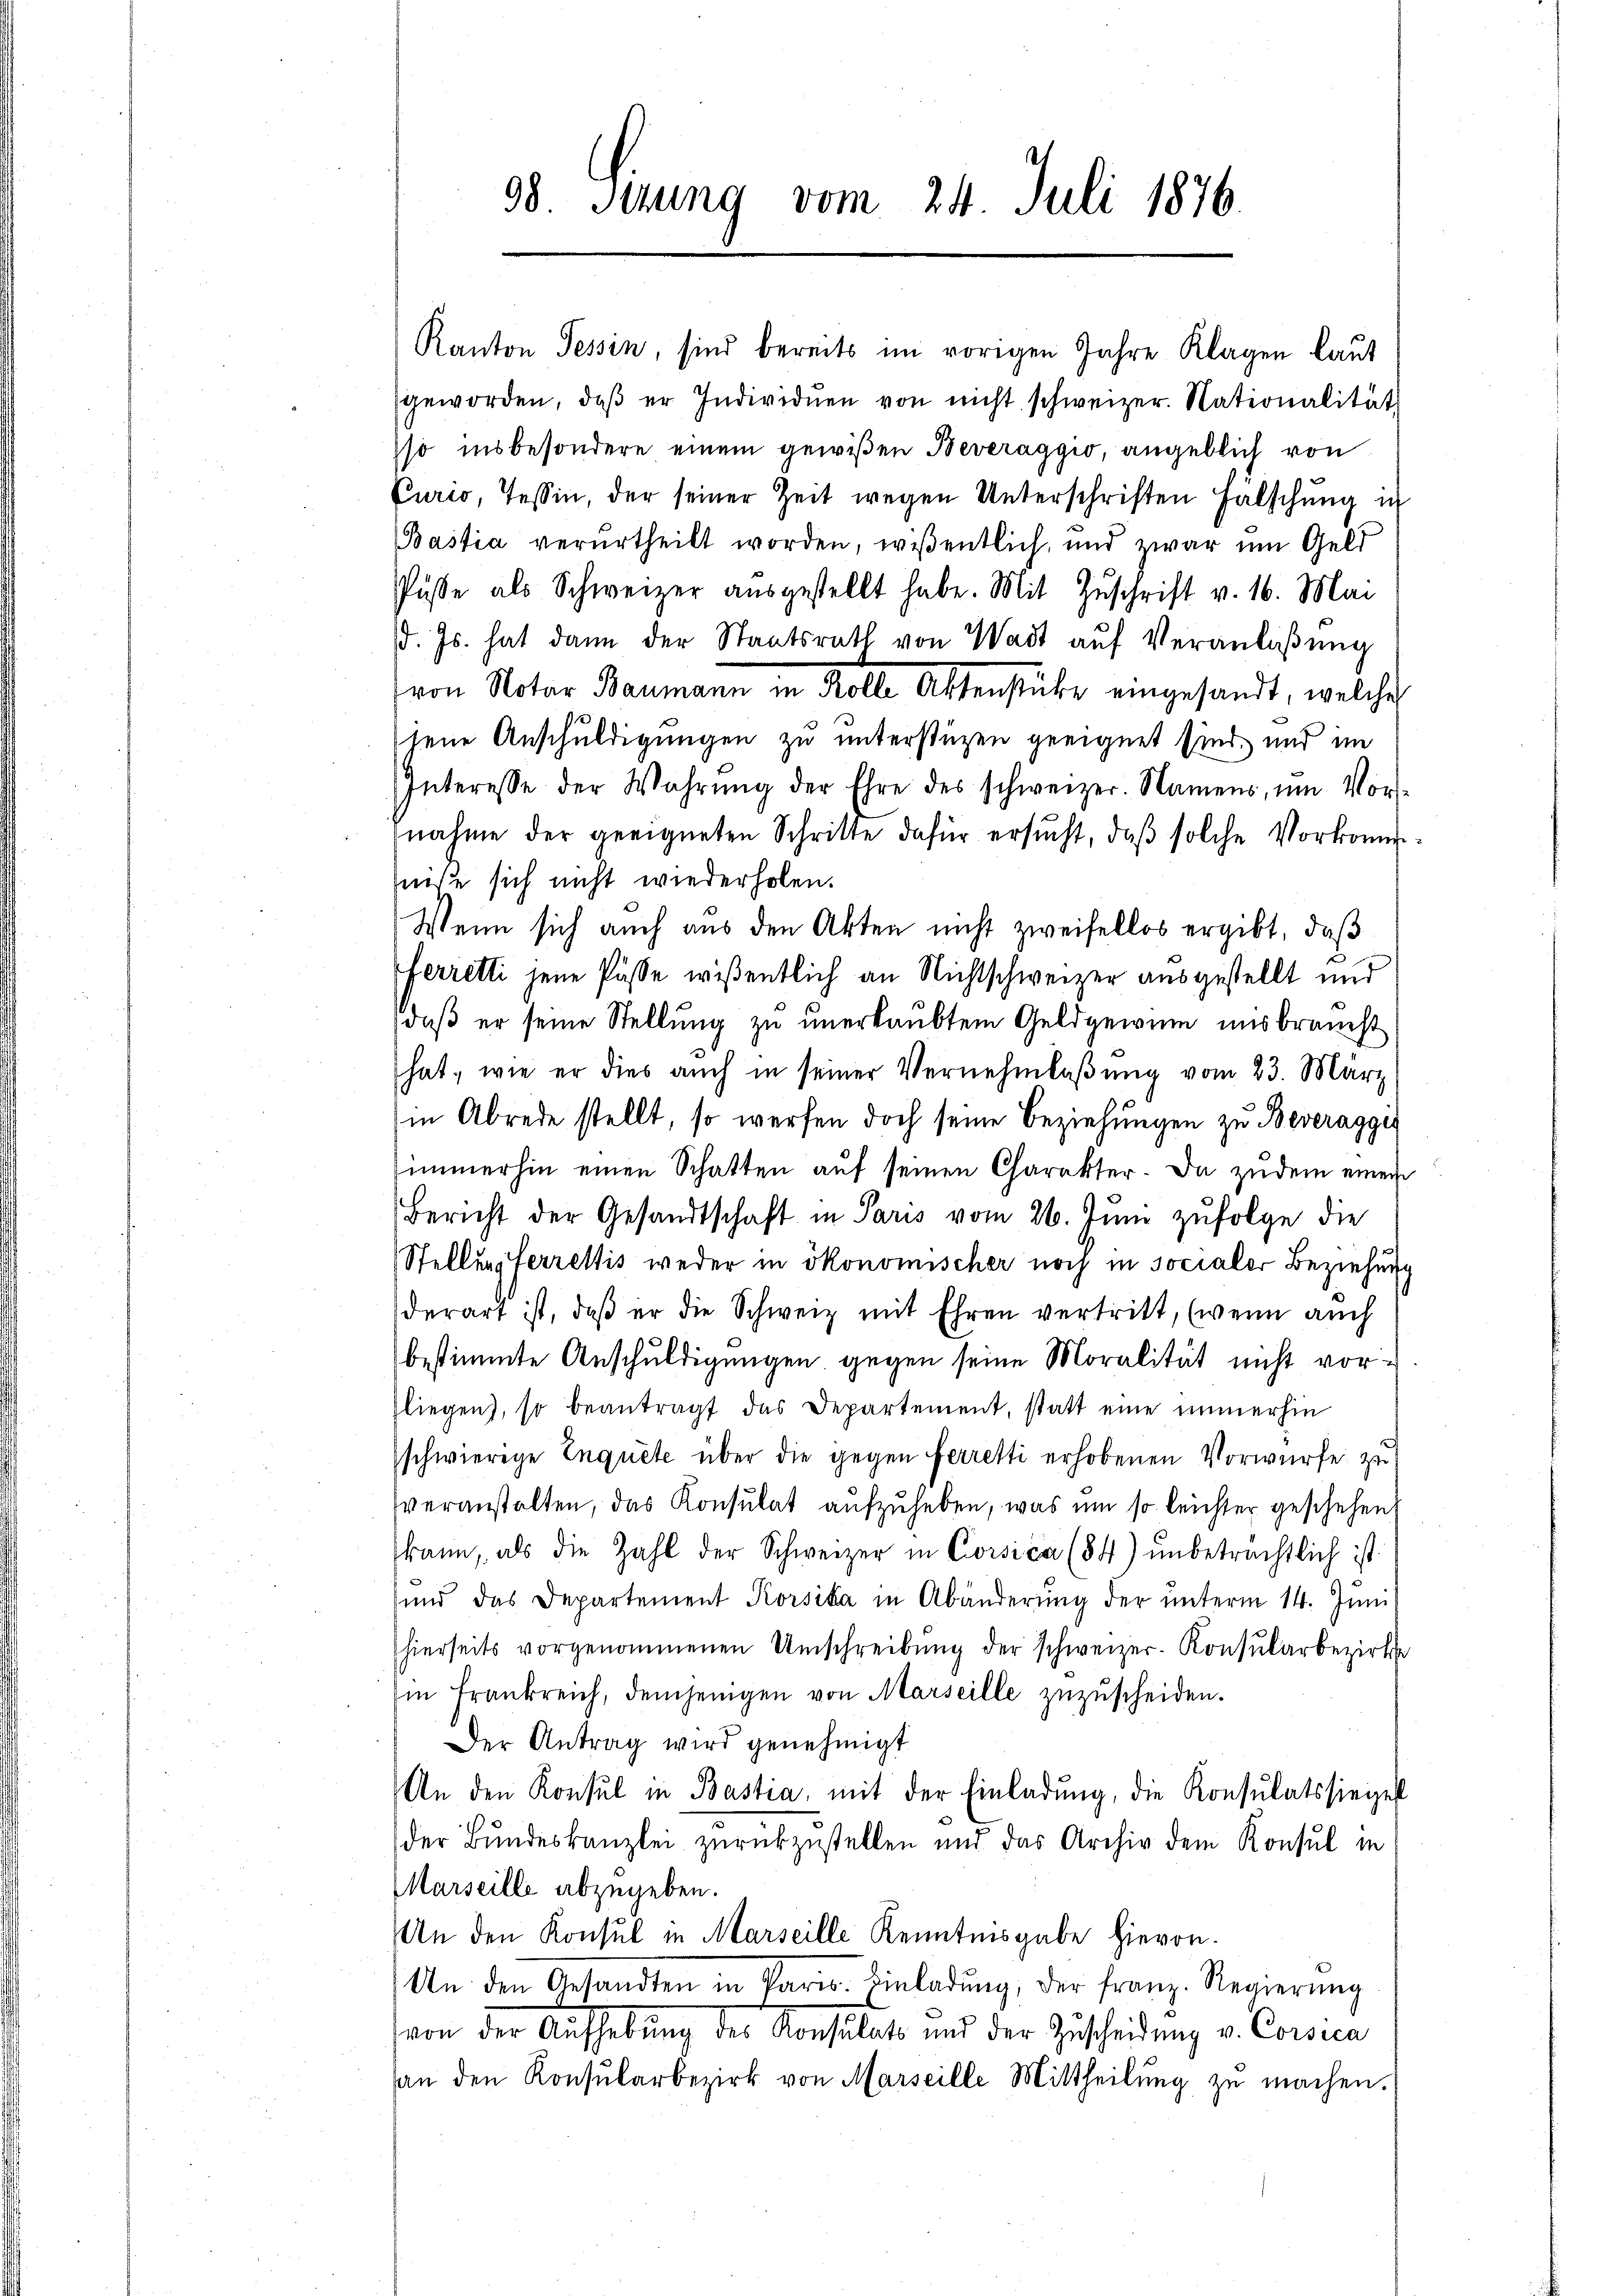
98. Stzung vom 24. Juli 1876.

Kanton Tessin, sind bereits im vorigen Jahre Klagen laŭt
geworden, daβ er Individuen von nicht schweizer. Nationalität
sso insbesondere einem gewißen Beveraggio, angeblich von
Curio, Tessin, der seiner Zeit wegen Unterschriften Fälschung in
Bastia verurtheilt worden, wissentlich, und zwar um Geld
Püsse als Schweizer aŭsgestellt habe. Mit Zŭschrift v. 16. Mai
d. Js. hat dann der Staatsrath von Wadt aŭf Veranlaßung
jene Anschuldigungen zu unterstüzen geeignet sind, und im
Interesse der Wahrŭng der Ehre des schweizer. Namens, um Vor-
nahme der geeigneten Schritte dafür ersŭcht, daβ solche Vorkomm
niße sich nicht wiederholen.
Wenn sich auch aus den Akten nicht zweifellos ergibt, daß
ferretti jene Pösse wißentlich an Nichtschweizer ausgestellt und
daß er seine Stellung zu unerlaubtem Geldgewinn uns braucht
hat, wie er dies auch in seiner Vernehmlassung vom 23. März
in Abrede stellt, so werfen doch seine Beziehungen zu Beveraggis
immerhin einen Schatten aŭf seinen Charakter. Da zudem einem
Bericht der Gesandtschaft in Paris vom 26. Jŭni zufolge die
Stellung ferrettis weder in ökonomischer noch in socialer Beziehung
derart ist, daβ er die Schweiz mit Ehren vertritt, (wenn auch
bestimmte Anschuldigungen gegen seine Moralität nicht vor
liegen, so beantragt das Departement, statt eine immerhin
schwierige Inquite über die gegen ferretti erhobenen Vorwürfe zu
veranstalten, das Konsulat aŭfzŭheben, was um so leichter geschehen
kann, als die Zahl der Schweizer in Corsica (854) ŭnbetrechtlich ist:
und das Departement Korsika in Abänderung der unterm 14. Juni,
hierseits vorgenommenen Umschreibŭng der schweizer-Konsŭlarbezirks
in Frankreich, demjenigen von Marseille zŭzŭscheiden.
Der Antrag wird genehmigt
An den Konsul in Bastia, mit der Einladŭng, die Konsulatssiegel
der Bundeskanzlei zurückzustellen und das Archiv dem Konsul in
Marseille abzugeben.
An den Konsul in Marseille Kenntnisgabe hievon
An den Gesandten in Paris. Einladŭng, der franz. Regierŭng
von der Aufhebung des Konsulat und der Zuscheidung v. Corsica
an den Konsŭlarbezirk von Marseille Mittheilŭng zŭ machen.

von Notar Baumann in Kolle Astenstücke eingesandt, welche